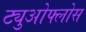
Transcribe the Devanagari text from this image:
ट्युओफ्लोस